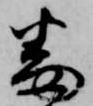
番